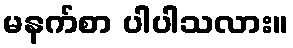
မနက်စာ ပါပါသလား။